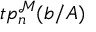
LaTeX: t p _ { n } ^ { \mathcal { M } } ( { \boldsymbol { b } } / A )